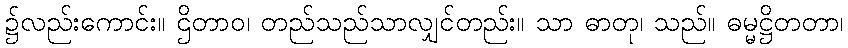
၌လည်းကောင်း။ ဌိတာဝ၊ တည်သည်သာလျှင်တည်း။ သာ ဓာတု၊ သည်။ ဓမ္မဋ္ဌိတတာ၊